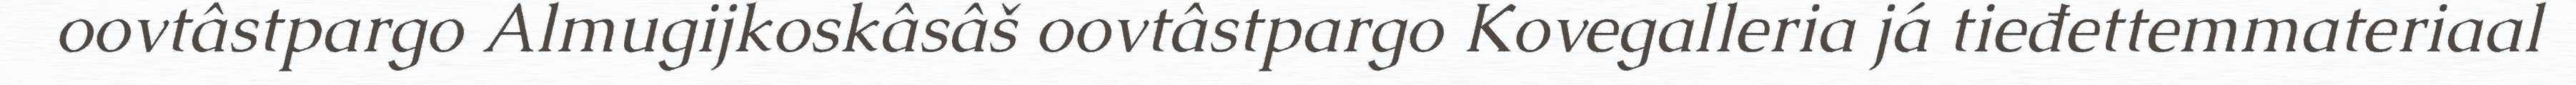
oovtâstpargo Almugijkoskâsâš oovtâstpargo Kovegalleria já tieđettemmateriaal